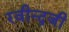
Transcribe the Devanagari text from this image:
रवीन्द्रजी